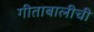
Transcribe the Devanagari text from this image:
गीताबालीची